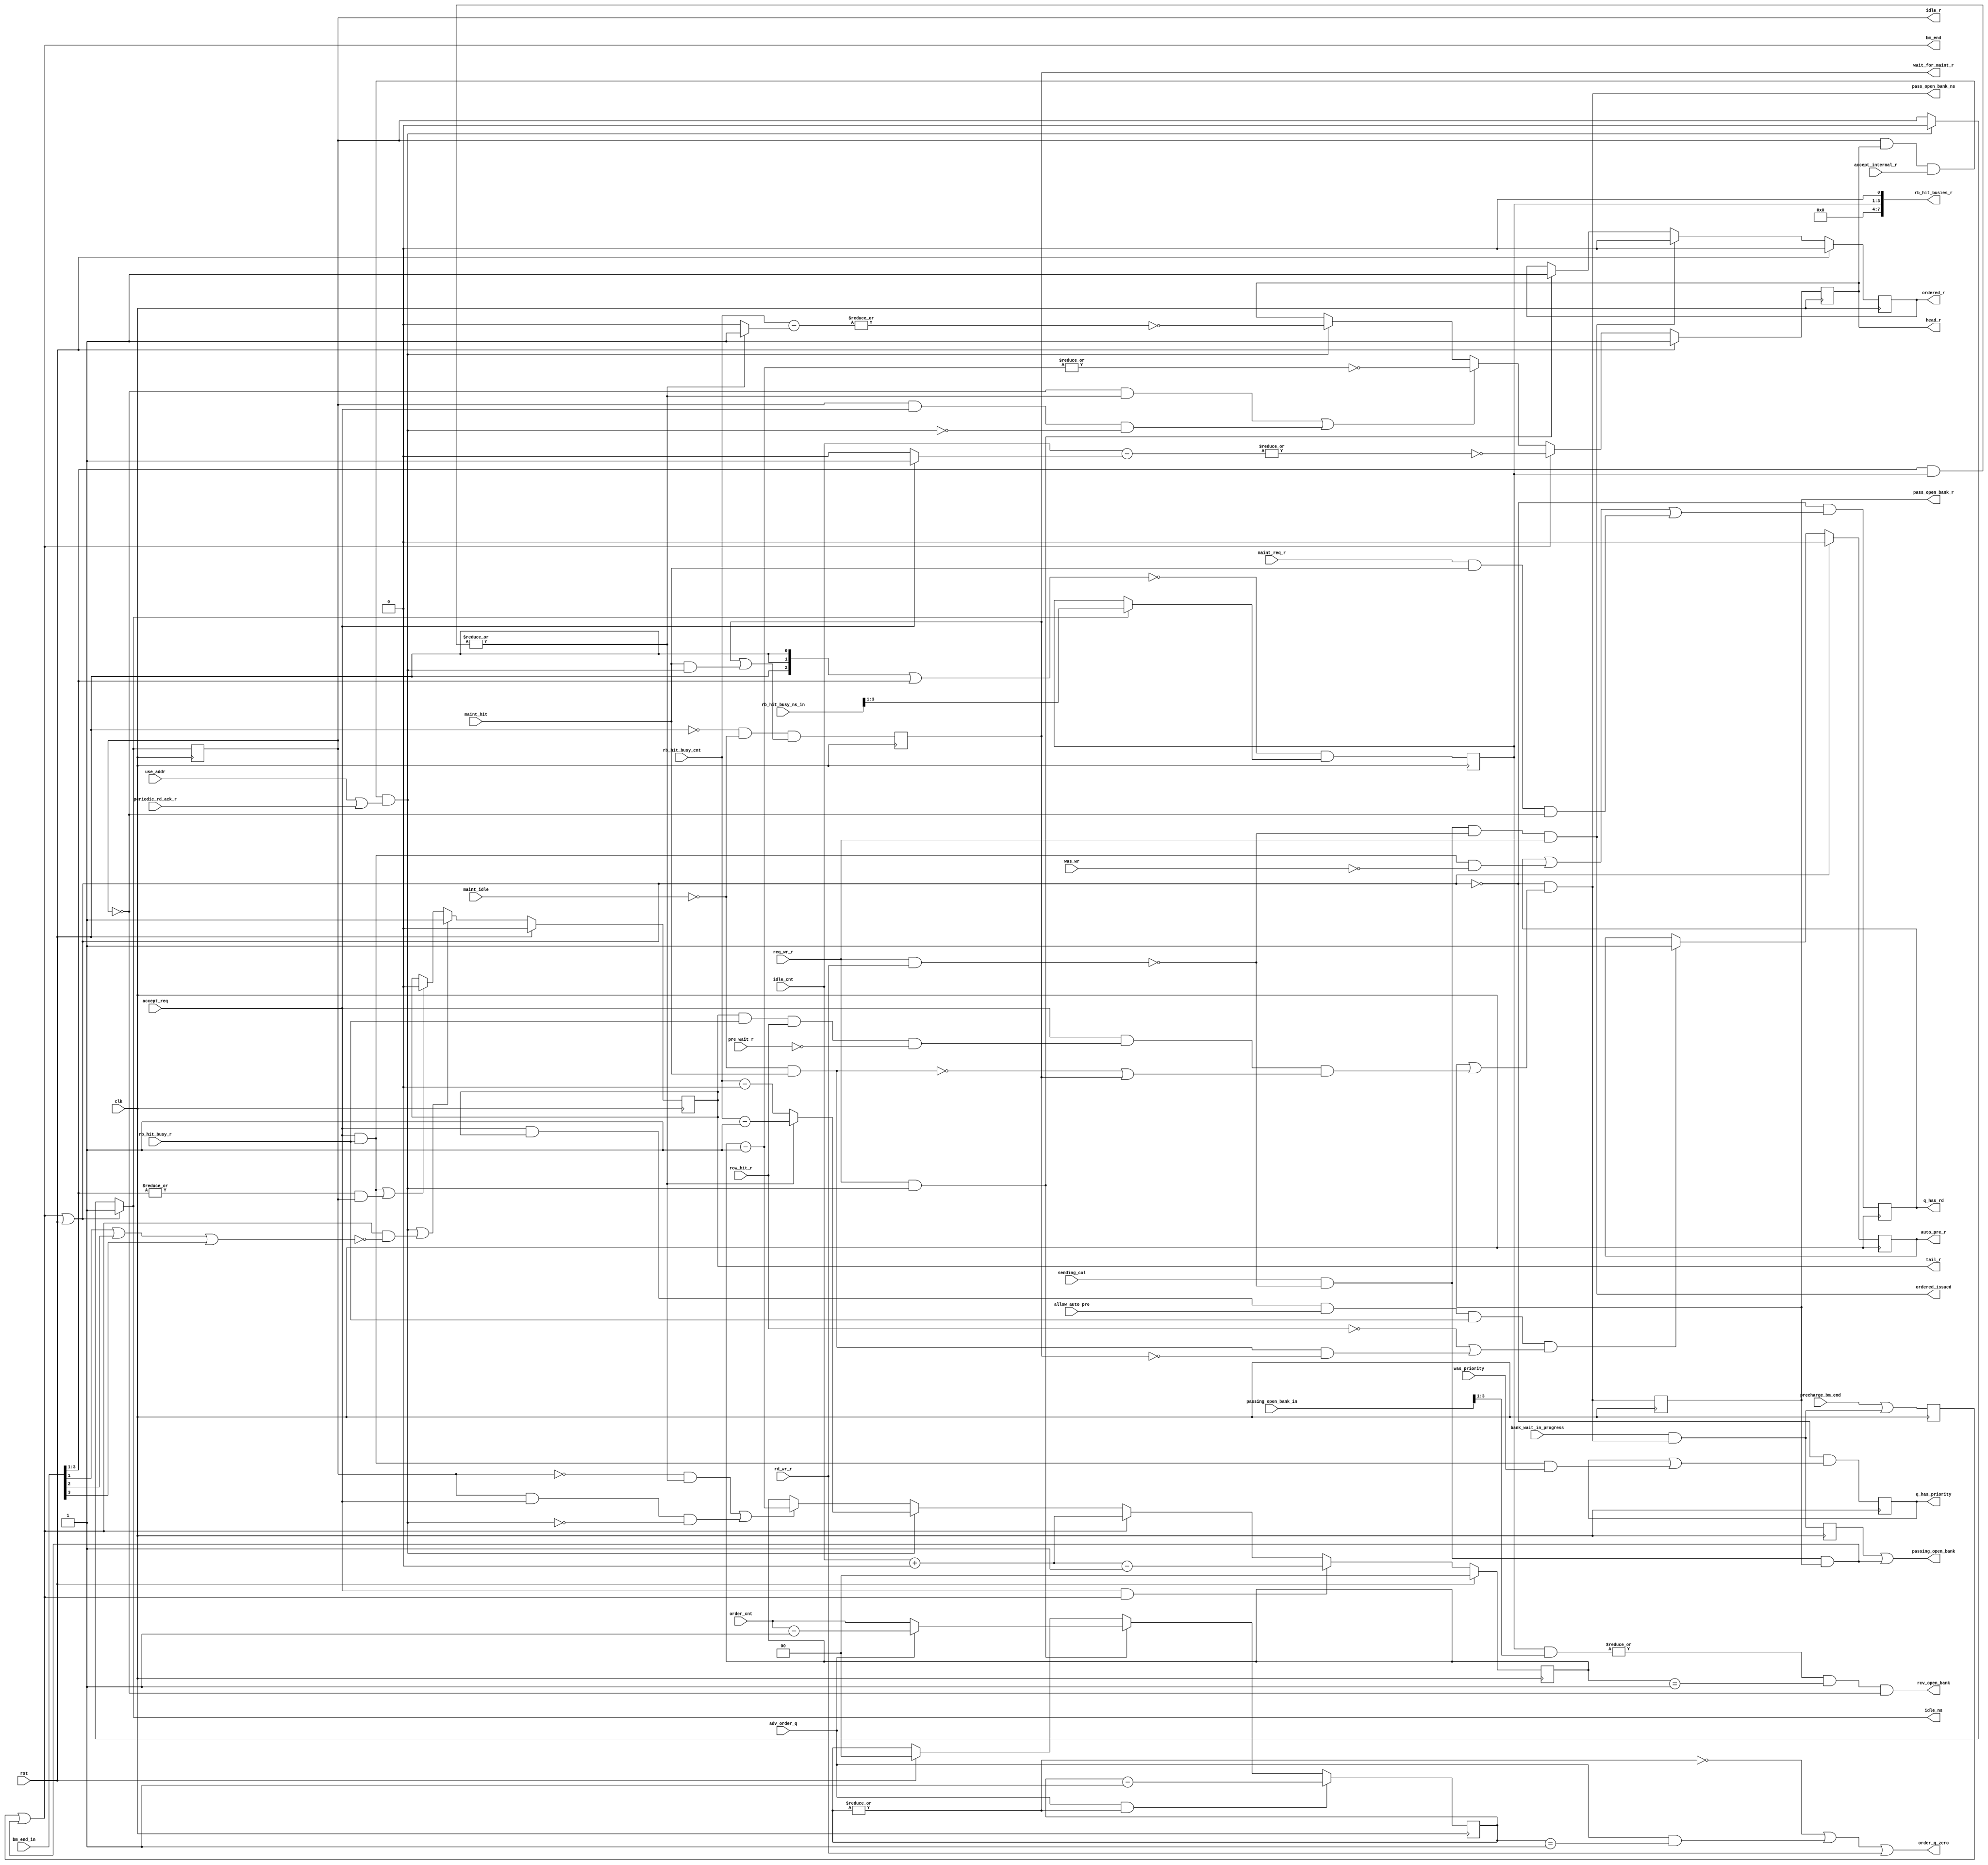
//*****************************************************************************
// (c) Copyright 2008 - 2013 Xilinx, Inc. All rights reserved.
//
// This file contains confidential and proprietary information
// of Xilinx, Inc. and is protected under U.S. and
// international copyright and other intellectual property
// laws.
//
// DISCLAIMER
// This disclaimer is not a license and does not grant any
// rights to the materials distributed herewith. Except as
// otherwise provided in a valid license issued to you by
// Xilinx, and to the maximum extent permitted by applicable
// law: (1) THESE MATERIALS ARE MADE AVAILABLE "AS IS" AND
// WITH ALL FAULTS, AND XILINX HEREBY DISCLAIMS ALL WARRANTIES
// AND CONDITIONS, EXPRESS, IMPLIED, OR STATUTORY, INCLUDING
// BUT NOT LIMITED TO WARRANTIES OF MERCHANTABILITY, NON-
// INFRINGEMENT, OR FITNESS FOR ANY PARTICULAR PURPOSE; and
// (2) Xilinx shall not be liable (whether in contract or tort,
// including negligence, or under any other theory of
// liability) for any loss or damage of any kind or nature
// related to, arising under or in connection with these
// materials, including for any direct, or any indirect,
// special, incidental, or consequential loss or damage
// (including loss of data, profits, goodwill, or any type of
// loss or damage suffered as a result of any action brought
// by a third party) even if such damage or loss was
// reasonably foreseeable or Xilinx had been advised of the
// possibility of the same.
//
// CRITICAL APPLICATIONS
// Xilinx products are not designed or intended to be fail-
// safe, or for use in any application requiring fail-safe
// performance, such as life-support or safety devices or
// systems, Class III medical devices, nuclear facilities,
// applications related to the deployment of airbags, or any
// other applications that could lead to death, personal
// injury, or severe property or environmental damage
// (individually and collectively, "Critical
// Applications"). Customer assumes the sole risk and
// liability of any use of Xilinx products in Critical
// Applications, subject only to applicable laws and
// regulations governing limitations on product liability.
//
// THIS COPYRIGHT NOTICE AND DISCLAIMER MUST BE RETAINED AS
// PART OF THIS FILE AT ALL TIMES.
//
//*****************************************************************************
//   ____  ____
//  /   /\/   /
// /___/  \  /    Vendor                : Xilinx
// \   \   \/     Version               : %version
//  \   \         Application           : MIG
//  /   /         Filename              : bank_queue.v
// /___/   /\     Date Last Modified    : $date$
// \   \  /  \    Date Created          : Tue Jun 30 2009
//  \___\/\___\
//
//Device            : 7-Series
//Design Name       : DDR3 SDRAM
//Purpose           :
//Reference         :
//Revision History  :
//*****************************************************************************

// Bank machine queue controller.
//
// Bank machines are always associated with a queue.  When the system is
// idle, all bank machines are in the idle queue.  As requests are
// received, the bank machine at the head of the idle queue accepts
// the request, removes itself from the idle queue and places itself
// in a queue associated with the rank-bank of the new request.
//
// If the new request is to an idle rank-bank, a new queue is created
// for that rank-bank.  If the rank-bank is not idle, then the new
// request is added to the end of the existing rank-bank queue.
//
// When the head of the idle queue accepts a new request, all other
// bank machines move down one in the idle queue.  When the idle queue
// is empty, the memory interface deasserts its accept signal.
//
// When new requests are received, the first step is to classify them
// as to whether the request targets an already open rank-bank, and if
// so, does the new request also hit on the already open page?  As mentioned
// above, a new request places itself in the existing queue for a
// rank-bank hit.  If it is also detected that the last entry in the
// existing rank-bank queue has the same page, then the current tail
// sets a bit telling itself to pass the open row when the column
// command is issued.  The "passee" knows its in the head minus one
// position and hence takes control of the rank-bank.
//
// Requests are retired out of order to optimize DRAM array resources.
// However it is required that the user cannot "observe" this out of
// order processing as a data corruption.  An ordering queue is
// used to enforce some ordering rules.  As controlled by a paramter,
// there can be no ordering (RELAXED), ordering of writes only (NORM), and
// strict (STRICT) ordering whereby input request ordering is
// strictly adhered to.
//
// Note that ordering applies only to column commands.  Row commands
// such as activate and precharge are allowed to proceed in any order
// with the proviso that within a rank-bank row commands are processed in
// the request order.
//
// When a bank machine accepts a new request, it looks at the ordering
// mode.  If no ordering, nothing is done.  If strict ordering, then
// it always places itself at the end of the ordering queue.  If "normal"
// or write ordering, the row machine places itself in the ordering
// queue only if the new request is a write.  The bank state machine
// looks at the ordering queue, and will only issue a column
// command when it sees itself at the head of the ordering queue.
//
// When a bank machine has completed its request, it must re-enter the
// idle queue.  This is done by setting the idle_r bit, and setting q_entry_r
// to the idle count.
//
// There are several situations where more than one bank machine
// will enter the idle queue simultaneously.  If two or more
// simply use the idle count to place themselves in the idle queue, multiple
// bank machines will end up at the same location in the idle queue, which
// is illegal.
//
// Based on the bank machine instance numbers, a count is made of
// the number of bank machines entering idle "below" this instance.  This
// number is added to the idle count to compute the location in
// idle queue.
//
// There is also a single bit computed that says there were bank machines
// entering the idle queue "above" this instance.  This is used to
// compute the tail bit.
//
// The word "queue" is used frequently to describe the behavior of the
// bank_queue block.  In reality, there are no queues in the ordinary sense.
// As instantiated in this block, each bank machine has a q_entry_r number.
// This number represents the position of the bank machine in its current
// queue.  At any given time, a bank machine may be in the idle queue,
// one of the dynamic rank-bank queues, or a single entry manitenance queue.
// A complete description of which queue a bank machine is currently in is
// given by idle_r, its rank-bank, mainteance status and its q_entry_r number.
//
// DRAM refresh and ZQ have a private single entry queue/channel.  However,
// when a refresh request is made, it must be injected into the main queue
// properly.  At the time of injection, the refresh rank is compared against
// all entryies in the queue.  For those that match, if timing allows, and
// they are the tail of the rank-bank queue, then the auto_pre bit is set.
// Otherwise precharge is in progress.  This results in a fully precharged
// rank.
//
//  At the time of injection, the refresh channel builds a bit
// vector of queue entries that hit on the refresh rank.  Once all
// of these entries finish, the refresh is forced in at the row arbiter.
//
// New requests that come after the refresh request will notice that
// a refresh is in progress for their rank and wait for the refresh
// to finish before attempting to arbitrate to send an activate.
//
// Injection of a refresh sets the q_has_rd bit for all queues hitting
// on the refresh rank.  This insures a starved write request will not
// indefinitely hold off a refresh.
//
// Periodic reads are required to compare themselves against requests
// that are in progress.  Adding a unique compare channel for this
// is not worthwhile.  Periodic read requests inhibit the accept
// signal and override any new request that might be trying to
// enter the queue.
//
// Once a periodic read has entered the queue it is nearly indistinguishable
// from a normal read request.  The req_periodic_rd_r bit is set for
// queue entry.  This signal is used to inhibit the rd_data_en signal.

`timescale 1ps/1ps
`define BM_SHARED_BV (ID+nBANK_MACHS-1):(ID+1)

module mig_7series_v2_3_bank_queue #
  (
   parameter TCQ = 100,
   parameter BM_CNT_WIDTH             = 2,
   parameter nBANK_MACHS              = 4,
   parameter ORDERING                 = "NORM",
   parameter ID                       = 0
  )
  (/*AUTOARG*/
  // Outputs
  head_r, tail_r, idle_ns, idle_r, pass_open_bank_ns,
  pass_open_bank_r, auto_pre_r, bm_end, passing_open_bank,
  ordered_issued, ordered_r, order_q_zero, rcv_open_bank,
  rb_hit_busies_r, q_has_rd, q_has_priority, wait_for_maint_r,
  // Inputs
  clk, rst, accept_internal_r, use_addr, periodic_rd_ack_r, bm_end_in,
  idle_cnt, rb_hit_busy_cnt, accept_req, rb_hit_busy_r, maint_idle,
  maint_hit, row_hit_r, pre_wait_r, allow_auto_pre, sending_col,
  bank_wait_in_progress, precharge_bm_end, req_wr_r, rd_wr_r,
  adv_order_q, order_cnt, rb_hit_busy_ns_in, passing_open_bank_in,
  was_wr, maint_req_r, was_priority
  );

  localparam ZERO = 0;
  localparam ONE = 1;
  localparam [BM_CNT_WIDTH-1:0] BM_CNT_ZERO = ZERO[0+:BM_CNT_WIDTH];
  localparam [BM_CNT_WIDTH-1:0] BM_CNT_ONE = ONE[0+:BM_CNT_WIDTH];

  input clk;
  input rst;

// Decide if this bank machine should accept a new request.
  reg idle_r_lcl;
  reg head_r_lcl;
  input accept_internal_r;
  wire bm_ready = idle_r_lcl && head_r_lcl && accept_internal_r;

// Accept request in this bank machine.  Could be maintenance or
// regular request.
  input use_addr;
  input periodic_rd_ack_r;
  wire accept_this_bm = bm_ready && (use_addr || periodic_rd_ack_r);

// Multiple machines may enter the idle queue in a single state.
// Based on bank machine instance number, compute how many
// bank machines with lower instance numbers are entering
// the idle queue.

  input [(nBANK_MACHS*2)-1:0] bm_end_in;

  reg [BM_CNT_WIDTH-1:0] idlers_below;
  integer i;
  always @(/*AS*/bm_end_in) begin
    idlers_below = BM_CNT_ZERO;
    for (i=0; i<ID; i=i+1)
      idlers_below = idlers_below + bm_end_in[i];
   end

  reg idlers_above;
  always @(/*AS*/bm_end_in) begin
    idlers_above = 1'b0;
    for (i=ID+1; i<ID+nBANK_MACHS; i=i+1)
      idlers_above = idlers_above || bm_end_in[i];
  end

`ifdef MC_SVA
  bm_end_and_idlers_above: cover property (@(posedge clk)
         (~rst && bm_end && idlers_above));
  bm_end_and_idlers_below: cover property (@(posedge clk)
         (~rst && bm_end && |idlers_below));
`endif

// Compute the q_entry number.
  input [BM_CNT_WIDTH-1:0] idle_cnt;
  input [BM_CNT_WIDTH-1:0] rb_hit_busy_cnt;
  input accept_req;
  wire bm_end_lcl;
  reg adv_queue = 1'b0;

  reg [BM_CNT_WIDTH-1:0] q_entry_r;
  reg [BM_CNT_WIDTH-1:0] q_entry_ns;
  wire [BM_CNT_WIDTH-1:0] temp;
//  always @(/*AS*/accept_req or accept_this_bm or adv_queue
//           or bm_end_lcl or idle_cnt or idle_r_lcl or idlers_below
//           or q_entry_r or rb_hit_busy_cnt /*or rst*/) begin
////    if (rst) q_entry_ns = ID[BM_CNT_WIDTH-1:0];
////    else begin
//      q_entry_ns = q_entry_r;
//      if ((~idle_r_lcl && adv_queue) ||
//          (idle_r_lcl && accept_req && ~accept_this_bm))
//        q_entry_ns = q_entry_r - BM_CNT_ONE;
//      if (accept_this_bm)
////        q_entry_ns = rb_hit_busy_cnt - (adv_queue ? BM_CNT_ONE : BM_CNT_ZERO);
//        q_entry_ns = adv_queue ? (rb_hit_busy_cnt - BM_CNT_ONE) :  (rb_hit_busy_cnt -BM_CNT_ZERO);
//      if (bm_end_lcl) begin
//        q_entry_ns = idle_cnt + idlers_below;
//        if (accept_req) q_entry_ns = q_entry_ns - BM_CNT_ONE;
////      end
//    end
//  end
assign temp = idle_cnt + idlers_below;
always @ (*)
begin
  if (accept_req & bm_end_lcl)
    q_entry_ns  = temp - BM_CNT_ONE;
  else if (bm_end_lcl)
    q_entry_ns = temp;
  else if (accept_this_bm) 
    q_entry_ns = adv_queue ? (rb_hit_busy_cnt - BM_CNT_ONE) :  (rb_hit_busy_cnt -BM_CNT_ZERO);
  else if ((!idle_r_lcl & adv_queue) |
          (idle_r_lcl & accept_req & !accept_this_bm))
    q_entry_ns = q_entry_r - BM_CNT_ONE;
  else
  q_entry_ns = q_entry_r;
end


  always @(posedge clk)
  if (rst)
    q_entry_r <= #TCQ ID[BM_CNT_WIDTH-1:0];
  else
    q_entry_r <= #TCQ q_entry_ns;

// Determine if this entry is the head of its queue.
  reg head_ns;
  always @(/*AS*/accept_req or accept_this_bm or adv_queue
           or bm_end_lcl or head_r_lcl or idle_cnt or idle_r_lcl
           or idlers_below or q_entry_r or rb_hit_busy_cnt or rst) begin
    if (rst) head_ns = ~|ID[BM_CNT_WIDTH-1:0];
    else begin
      head_ns = head_r_lcl;
      if (accept_this_bm)
        head_ns = ~|(rb_hit_busy_cnt - (adv_queue ? BM_CNT_ONE : BM_CNT_ZERO));
      if ((~idle_r_lcl && adv_queue) ||
           (idle_r_lcl && accept_req && ~accept_this_bm))
        head_ns = ~|(q_entry_r - BM_CNT_ONE);
      if (bm_end_lcl) begin
        head_ns = ~|(idle_cnt - (accept_req ? BM_CNT_ONE : BM_CNT_ZERO)) &&
                   ~|idlers_below;
      end
    end
  end
  always @(posedge clk) head_r_lcl <= #TCQ head_ns;
  output wire head_r;
  assign head_r = head_r_lcl;

// Determine if this entry is the tail of its queue.  Note that
// an entry can be both head and tail.
  input rb_hit_busy_r;
  reg tail_r_lcl = 1'b1;
  generate
    if (nBANK_MACHS > 1) begin : compute_tail
      reg tail_ns;
      always @(accept_req or accept_this_bm
               or bm_end_in or bm_end_lcl or idle_r_lcl
               or idlers_above or rb_hit_busy_r or rst or tail_r_lcl) begin
        if (rst) tail_ns = (ID == nBANK_MACHS);
// The order of the statements below is important in the case where
// another bank machine is retiring and this bank machine is accepting.
        else begin
          tail_ns = tail_r_lcl;
          if ((accept_req && rb_hit_busy_r) ||
               (|bm_end_in[`BM_SHARED_BV] && idle_r_lcl))
            tail_ns = 1'b0;
          if (accept_this_bm || (bm_end_lcl && ~idlers_above)) tail_ns = 1'b1;
         end
       end
       always @(posedge clk) tail_r_lcl <= #TCQ tail_ns;
    end // if (nBANK_MACHS > 1)
  endgenerate
  output wire tail_r;
  assign tail_r = tail_r_lcl;

  wire clear_req = bm_end_lcl || rst;

// Is this entry in the idle queue?
  reg idle_ns_lcl;
  always @(/*AS*/accept_this_bm or clear_req or idle_r_lcl) begin
    idle_ns_lcl = idle_r_lcl;
    if (accept_this_bm) idle_ns_lcl = 1'b0;
    if (clear_req) idle_ns_lcl = 1'b1;
  end
  always @(posedge clk) idle_r_lcl <= #TCQ idle_ns_lcl;
  output wire idle_ns;
  assign idle_ns = idle_ns_lcl;
  output wire idle_r;
  assign idle_r = idle_r_lcl;

// Maintenance hitting on this active bank machine is in progress.
  input maint_idle;
  input maint_hit;
  wire maint_hit_this_bm = ~maint_idle && maint_hit;

// Does new request hit on this bank machine while it is able to pass the
// open bank?
  input row_hit_r;
  input pre_wait_r;
  wire pass_open_bank_eligible =
         tail_r_lcl && rb_hit_busy_r && row_hit_r && ~pre_wait_r;

// Set pass open bank bit, but not if request preceded active maintenance.
  reg wait_for_maint_r_lcl;
  reg pass_open_bank_r_lcl;
  wire pass_open_bank_ns_lcl = ~clear_req &&
          (pass_open_bank_r_lcl ||
           (accept_req && pass_open_bank_eligible &&
             (~maint_hit_this_bm || wait_for_maint_r_lcl)));
  always @(posedge clk) pass_open_bank_r_lcl <= #TCQ pass_open_bank_ns_lcl;
  output wire pass_open_bank_ns;
  assign pass_open_bank_ns = pass_open_bank_ns_lcl;
  output wire pass_open_bank_r;
  assign pass_open_bank_r = pass_open_bank_r_lcl;

`ifdef MC_SVA
  pass_open_bank: cover property (@(posedge clk) (~rst && pass_open_bank_ns));
  pass_open_bank_killed_by_maint: cover property (@(posedge clk)
     (~rst && accept_req && pass_open_bank_eligible &&
       maint_hit_this_bm && ~wait_for_maint_r_lcl));
  pass_open_bank_following_maint: cover property (@(posedge clk)
     (~rst && accept_req && pass_open_bank_eligible &&
        maint_hit_this_bm && wait_for_maint_r_lcl));
`endif

// Should the column command be sent with the auto precharge bit set?  This
// will happen when it is detected that next request is to a different row,
// or the next reqest is the next request is refresh to this rank.
  reg auto_pre_r_lcl;
  reg auto_pre_ns;
  input allow_auto_pre;
  always @(/*AS*/accept_req or allow_auto_pre or auto_pre_r_lcl
           or clear_req or maint_hit_this_bm or rb_hit_busy_r
           or row_hit_r or tail_r_lcl or wait_for_maint_r_lcl) begin
    auto_pre_ns = auto_pre_r_lcl;
    if (clear_req) auto_pre_ns = 1'b0;
    else
      if (accept_req && tail_r_lcl && allow_auto_pre && rb_hit_busy_r &&
          (~row_hit_r || (maint_hit_this_bm && ~wait_for_maint_r_lcl)))
        auto_pre_ns = 1'b1;
  end
  always @(posedge clk) auto_pre_r_lcl <= #TCQ auto_pre_ns;
  output wire auto_pre_r;
  assign auto_pre_r = auto_pre_r_lcl;

`ifdef MC_SVA
  auto_precharge: cover property (@(posedge clk) (~rst && auto_pre_ns));
  maint_triggers_auto_precharge: cover property (@(posedge clk)
    (~rst && auto_pre_ns && ~auto_pre_r && row_hit_r));
`endif

// Determine when the current request is finished.
  input sending_col;
  input req_wr_r;
  input rd_wr_r;
  wire sending_col_not_rmw_rd = sending_col && !(req_wr_r && rd_wr_r);
  input bank_wait_in_progress;
  input precharge_bm_end;
  reg pre_bm_end_r;
  wire pre_bm_end_ns = precharge_bm_end ||
                       (bank_wait_in_progress && pass_open_bank_ns_lcl);
  always @(posedge clk) pre_bm_end_r <= #TCQ pre_bm_end_ns;
  assign bm_end_lcl = 
          pre_bm_end_r || (sending_col_not_rmw_rd && pass_open_bank_r_lcl);
  output wire bm_end;
  assign bm_end = bm_end_lcl;

// Determine that the open bank should be passed to the successor bank machine.
  reg pre_passing_open_bank_r;
  wire pre_passing_open_bank_ns =
            bank_wait_in_progress && pass_open_bank_ns_lcl;
  always @(posedge clk) pre_passing_open_bank_r <= #TCQ
                         pre_passing_open_bank_ns;
  output wire passing_open_bank;
  assign passing_open_bank =
  pre_passing_open_bank_r || (sending_col_not_rmw_rd && pass_open_bank_r_lcl);

  reg ordered_ns;
  wire set_order_q = ((ORDERING == "STRICT") || ((ORDERING == "NORM") &&
                       req_wr_r)) && accept_this_bm;

  wire ordered_issued_lcl = 
            sending_col_not_rmw_rd && !(req_wr_r && rd_wr_r) &&
            ((ORDERING == "STRICT") || ((ORDERING == "NORM") && req_wr_r));
  output wire ordered_issued;
  assign ordered_issued = ordered_issued_lcl;

  reg ordered_r_lcl;
  always @(/*AS*/ordered_issued_lcl or ordered_r_lcl or rst
           or set_order_q) begin
    if (rst) ordered_ns = 1'b0;
    else begin
      ordered_ns = ordered_r_lcl;
// Should never see accept_this_bm and adv_order_q at the same time.
      if (set_order_q) ordered_ns = 1'b1;
      if (ordered_issued_lcl) ordered_ns = 1'b0;
    end
  end
  always @(posedge clk) ordered_r_lcl <= #TCQ ordered_ns;
  output wire ordered_r;
  assign ordered_r = ordered_r_lcl;

// Figure out when to advance the ordering queue.
  input adv_order_q;
  input [BM_CNT_WIDTH-1:0] order_cnt;
  reg [BM_CNT_WIDTH-1:0] order_q_r;
  reg [BM_CNT_WIDTH-1:0] order_q_ns;
  always @(/*AS*/adv_order_q or order_cnt or order_q_r or rst
           or set_order_q) begin
    order_q_ns = order_q_r;
    if (rst) order_q_ns = BM_CNT_ZERO;
    if (set_order_q)
      if (adv_order_q) order_q_ns = order_cnt - BM_CNT_ONE;
      else order_q_ns = order_cnt;
    if (adv_order_q && |order_q_r) order_q_ns = order_q_r - BM_CNT_ONE;
  end
  always @(posedge clk) order_q_r <= #TCQ order_q_ns;

  output wire order_q_zero;
  assign order_q_zero = ~|order_q_r ||
                        (adv_order_q && (order_q_r == BM_CNT_ONE)) ||
                        ((ORDERING == "NORM") && rd_wr_r);

// Keep track of which other bank machine are ahead of this one in a
// rank-bank queue.  This is necessary to know when to advance this bank
// machine in the queue, and when to update bank state machine counter upon
// passing a bank.
  input [(nBANK_MACHS*2)-1:0] rb_hit_busy_ns_in;
  reg [(nBANK_MACHS*2)-1:0] rb_hit_busies_r_lcl = {nBANK_MACHS*2{1'b0}};
  input [(nBANK_MACHS*2)-1:0] passing_open_bank_in;
  output reg rcv_open_bank = 1'b0;

  generate
    if (nBANK_MACHS > 1) begin : rb_hit_busies

// The clear_vector resets bits in the rb_hit_busies vector as bank machines
// completes requests.  rst also resets all the bits.
      wire [nBANK_MACHS-2:0] clear_vector =
                ({nBANK_MACHS-1{rst}} | bm_end_in[`BM_SHARED_BV]);

// As this bank machine takes on a new request, capture the vector of
// which other bank machines are in the same queue.
      wire [`BM_SHARED_BV] rb_hit_busies_ns =
                ~clear_vector &
                (idle_ns_lcl
                   ? rb_hit_busy_ns_in[`BM_SHARED_BV]
                   : rb_hit_busies_r_lcl[`BM_SHARED_BV]);
      always @(posedge clk) rb_hit_busies_r_lcl[`BM_SHARED_BV] <=
                             #TCQ rb_hit_busies_ns;

// Compute when to advance this queue entry based on seeing other bank machines
// in the same queue finish.
      always @(bm_end_in or rb_hit_busies_r_lcl)
        adv_queue =
            |(bm_end_in[`BM_SHARED_BV] & rb_hit_busies_r_lcl[`BM_SHARED_BV]);

// Decide when to receive an open bank based on knowing this bank machine is
// one entry from the head, and a passing_open_bank hits on the
// rb_hit_busies vector.
      always @(idle_r_lcl
               or passing_open_bank_in or q_entry_r
               or rb_hit_busies_r_lcl) rcv_open_bank =
    |(rb_hit_busies_r_lcl[`BM_SHARED_BV] & passing_open_bank_in[`BM_SHARED_BV])
      && (q_entry_r == BM_CNT_ONE) && ~idle_r_lcl;
    end
  endgenerate
  output wire [nBANK_MACHS*2-1:0] rb_hit_busies_r;
  assign rb_hit_busies_r = rb_hit_busies_r_lcl;


// Keep track if the queue this entry is in has priority content.
  input was_wr;
  input maint_req_r;
  reg q_has_rd_r;
  wire q_has_rd_ns = ~clear_req &&
              (q_has_rd_r || (accept_req && rb_hit_busy_r && ~was_wr) ||
               (maint_req_r && maint_hit && ~idle_r_lcl));
  always @(posedge clk) q_has_rd_r <= #TCQ q_has_rd_ns;
  output wire q_has_rd;
  assign q_has_rd = q_has_rd_r;

  input was_priority;
  reg q_has_priority_r;
  wire q_has_priority_ns = ~clear_req &&
          (q_has_priority_r || (accept_req && rb_hit_busy_r && was_priority));
  always @(posedge clk) q_has_priority_r <= #TCQ q_has_priority_ns;
  output wire q_has_priority;
  assign q_has_priority = q_has_priority_r;

// Figure out if this entry should wait for maintenance to end.
  wire wait_for_maint_ns = ~rst && ~maint_idle &&
                      (wait_for_maint_r_lcl || (maint_hit && accept_this_bm));
  always @(posedge clk) wait_for_maint_r_lcl <= #TCQ wait_for_maint_ns;
  output wire wait_for_maint_r;
  assign wait_for_maint_r = wait_for_maint_r_lcl;

endmodule // bank_queue